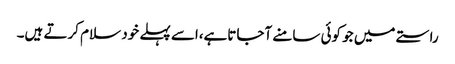
راستے میں جو کوئی سامنے آجاتاہے،اسے پہلے خود سلام کرتے ہیں۔